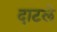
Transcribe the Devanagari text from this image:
दाटले